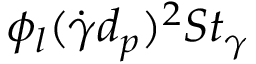
\phi _ { l } ( \dot { \gamma } d _ { p } ) ^ { 2 } S t _ { \gamma }